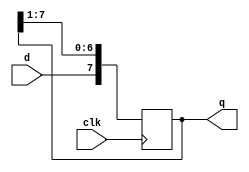
module right_shifter(
    input wire clk,
    input wire d,
    output reg [7:0] q
);

    // Initialize the 'q' register to 0
    initial begin
        q = 8'b00000000;
    end

    // On each rising edge of the clock, shift 'q' right and insert 'd' at MSB
    always @(posedge clk) begin
        q <= {d, q[7:1]};
    end

endmodule